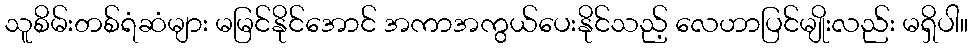
သူစိမ်းတစ်ရံဆံများ မမြင်နိုင်အောင် အကာအကွယ်ပေးနိုင်သည့် လေဟာပြင်မျိုးလည်း မရှိပါ။